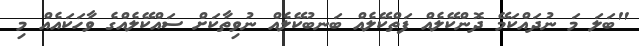
"ބަލަ މަ ނުދައްކަމޭ ދޮންކޭލެއް ފަތްކޭލެއް ބަނބުކޭލެއް ނުވިތާކަށް ސައްކޭލެއްގެ ވާހަކައެއް މި